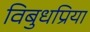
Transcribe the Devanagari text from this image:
विबुधप्रिया